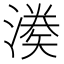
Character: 𭲌